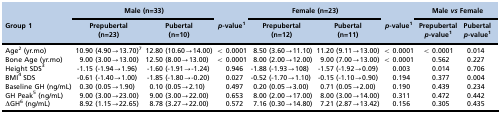
<table><thead><tr><td>[EMPTY_CELL]</td><td colspan="2"><b>Male (n=33)</b></td><td>[EMPTY_CELL]</td><td colspan="2"><b>Female (n=23)</b></td><td>[EMPTY_CELL]</td><td colspan="2"><b>Male <i>vs</i> Female</b></td></tr><tr><td><b>Group 1</b></td><td><b>Prepubertal (n=23)</b></td><td><b>Pubertal (n=10)</b></td><td><b><i>p</i>-value<sup>1</sup></b></td><td><b>Prepubertal (n=12)</b></td><td><b>Pubertal (n=11)</b></td><td><b><i>p</i>-value<sup>1</sup></b></td><td><b>Prepubertal <i>p</i>-value<sup>1</sup></b></td><td><b>Pubertal <i>p</i>-value<sup>1</sup></b></td><td>[EMPTY_CELL]</td></tr></thead><tbody><tr><td>Age<sup>2</sup> (yr.mo)</td><td>10.90 (4.90→13.70)7</td><td>12.80 (10.60→14.00)</td><td>&lt; 0.0001</td><td>8.50 (3.60→11.10)</td><td>11.20 (9.11→13.00)</td><td>&lt; 0.0001</td><td>&lt; 0.0001</td><td>0.014</td></tr><tr><td>Bone Age (yr.mo)</td><td>9.00 (3.00→13.00)</td><td>12.50 (8.00→13.00)</td><td>&lt; 0.0001</td><td>8.00 (2.00→12.00)</td><td>9.00 (7.00→13.00)</td><td>&lt; 0.0001</td><td>0.562</td><td>0.227</td></tr><tr><td>Height SDS<sup>3</sup></td><td>-1.15 (-1.94→1.96)</td><td>-1.60 (-1.91→-1.24)</td><td>0.946</td><td>-1.88 (-1.93→108)</td><td>-1.57 (-1.92→0.09)</td><td>0.003</td><td>0.014</td><td>0.706</td></tr><tr><td>BMI<sup>4</sup> SDS</td><td>-0.61 (-1.40→1.00)</td><td>-1.85 (-1.80→-0.20)</td><td>0.027</td><td>-0.52 (-1.70→1.10)</td><td>-0.15 (-1.10→0.90)</td><td>0.194</td><td>0.377</td><td>0.004</td></tr><tr><td>Baseline GH (ng/mL)</td><td>0.30 (0.05→1.90)</td><td>0.10 (0.05→2.10)</td><td>0.497</td><td>0.20 (0.05→3.00)</td><td>0.71 (0.05→2.00)</td><td>0.190</td><td>0.439</td><td>0.234</td></tr><tr><td>GH Peak5 (ng/mL)</td><td>9.00 (3.00→23.00)</td><td>9.00 (3.00→22.00)</td><td>0.653</td><td>8.00 (2.00→17.00)</td><td>8.00 (3.00→14.00)</td><td>0.311</td><td>0.472</td><td>0.442</td></tr><tr><td>ΔGH<sup>6</sup> (ng/mL)</td><td>8.92 (1.15→22.65)</td><td>8.78 (3.27→22.00)</td><td>0.572</td><td>7.16 (0.30→14.80)</td><td>7.21 (2.87→13.42)</td><td>0.156</td><td>0.305</td><td>0.435</td></tr></tbody></table>